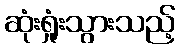
ဆုံးရှုံးသွားသည့်